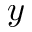
y